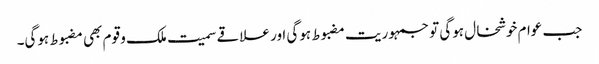
جب عوام خوشخال ہوگی تو جمہوریت مضبوط ہوگی اور علاقے سمیت ملک و قوم بھی مضبوط ہوگی۔